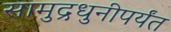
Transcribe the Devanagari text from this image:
सामुद्रधुनीपर्यंत